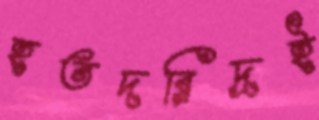
হতদরিদ্রই